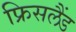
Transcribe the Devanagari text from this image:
फ्रिसलैंड